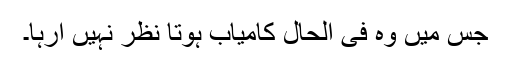
جس میں وہ فی الحال کامیاب ہوتا نظر نہیں آرہا۔